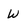
Character: w